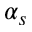
\alpha _ { s }